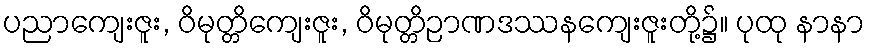
ပညာကျေးဇူး, ဝိမုတ္တိကျေးဇူး, ဝိမုတ္တိဉာဏဒဿနကျေးဇူးတို့၌။ ပုထု နာနာ